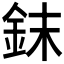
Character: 𰼤